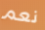
نعم